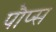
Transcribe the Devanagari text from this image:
पौप्स